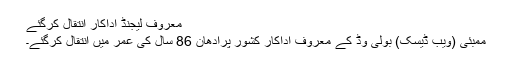
معروف لیجنڈ اداکار انتقال کرگئے
ممبئی (ویب ڈیسک) بولی وڈ کے معروف اداکار کشور پرادھان 86 سال کی عمر میں انتقال کرگئے۔